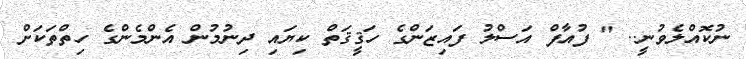
ނުކޮއްލެވުނީ.. " ފުއާފް އަސްލު ފައިޒަންގެ ހަޤީޤަތް ކިޔައި ދިނުމުން އެންމެންގެ ހިތްތަކަށް